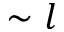
\sim l